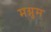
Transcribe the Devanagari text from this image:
मग्नुम